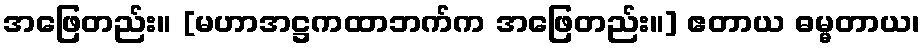
အဖြေတည်း။ [မဟာအဋ္ဌကထာဘက်က အဖြေတည်း။] ဧတာယ ဓမ္မတာယ၊